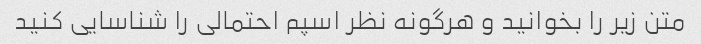
متن زیر را بخوانید و هرگونه نظر اسپم احتمالی را شناسایی کنید